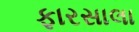
ફારસાલા